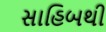
સાહિબથી